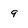
Character: 9